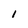
Character: l